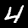
Digit: 4